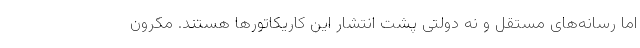
اما رسانه‌های مستقل و نه دولتی پشت انتشار این کاریکاتورها هستند. مکرون